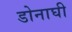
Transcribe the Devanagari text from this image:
डोनाघी